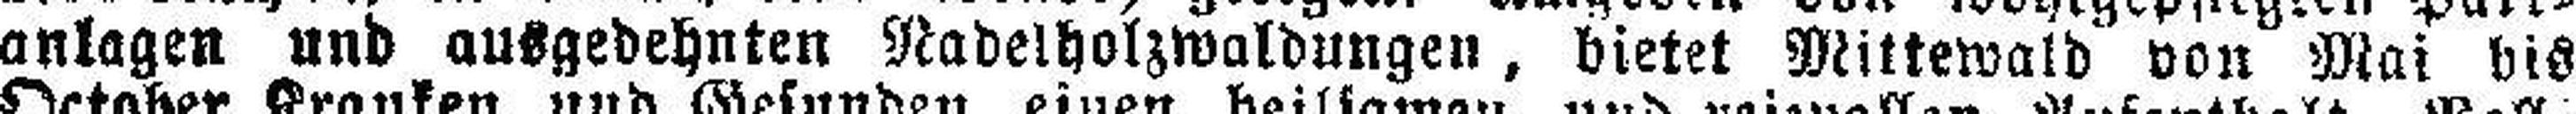
anlagen und ausgedehnten Nadelholzwaldungen, bietet Mittewald von Mai bis